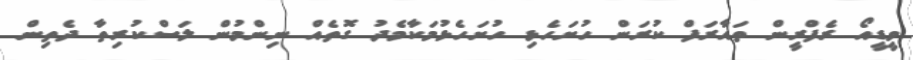
ވީޑީއޯ ރެފްރީން ތައާރަފް ކުރަން ހުށަހެޅި ހުށަހެޅުމަކާމެދު ގޮތެއް ނިންމުން ލަސްކުރިތާ ދެތިން